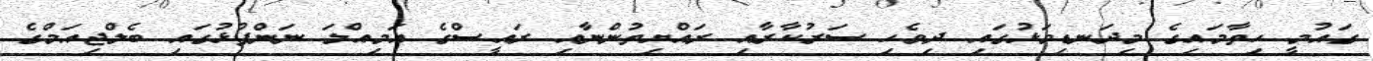
ގައުމީ ހިތާމައިގެ މިދަނޑިވަޅުގައި ދިވެހި ސަރުކާރާއި ރައްޔިތުންނާއި ރައީސްގެ އަމިއްލަ ނަންފުޅުގައި ބެލްޖިއަމްގެ